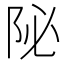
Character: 𨸼